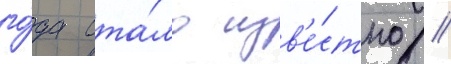
го́да ста́ло изв'е́стно /